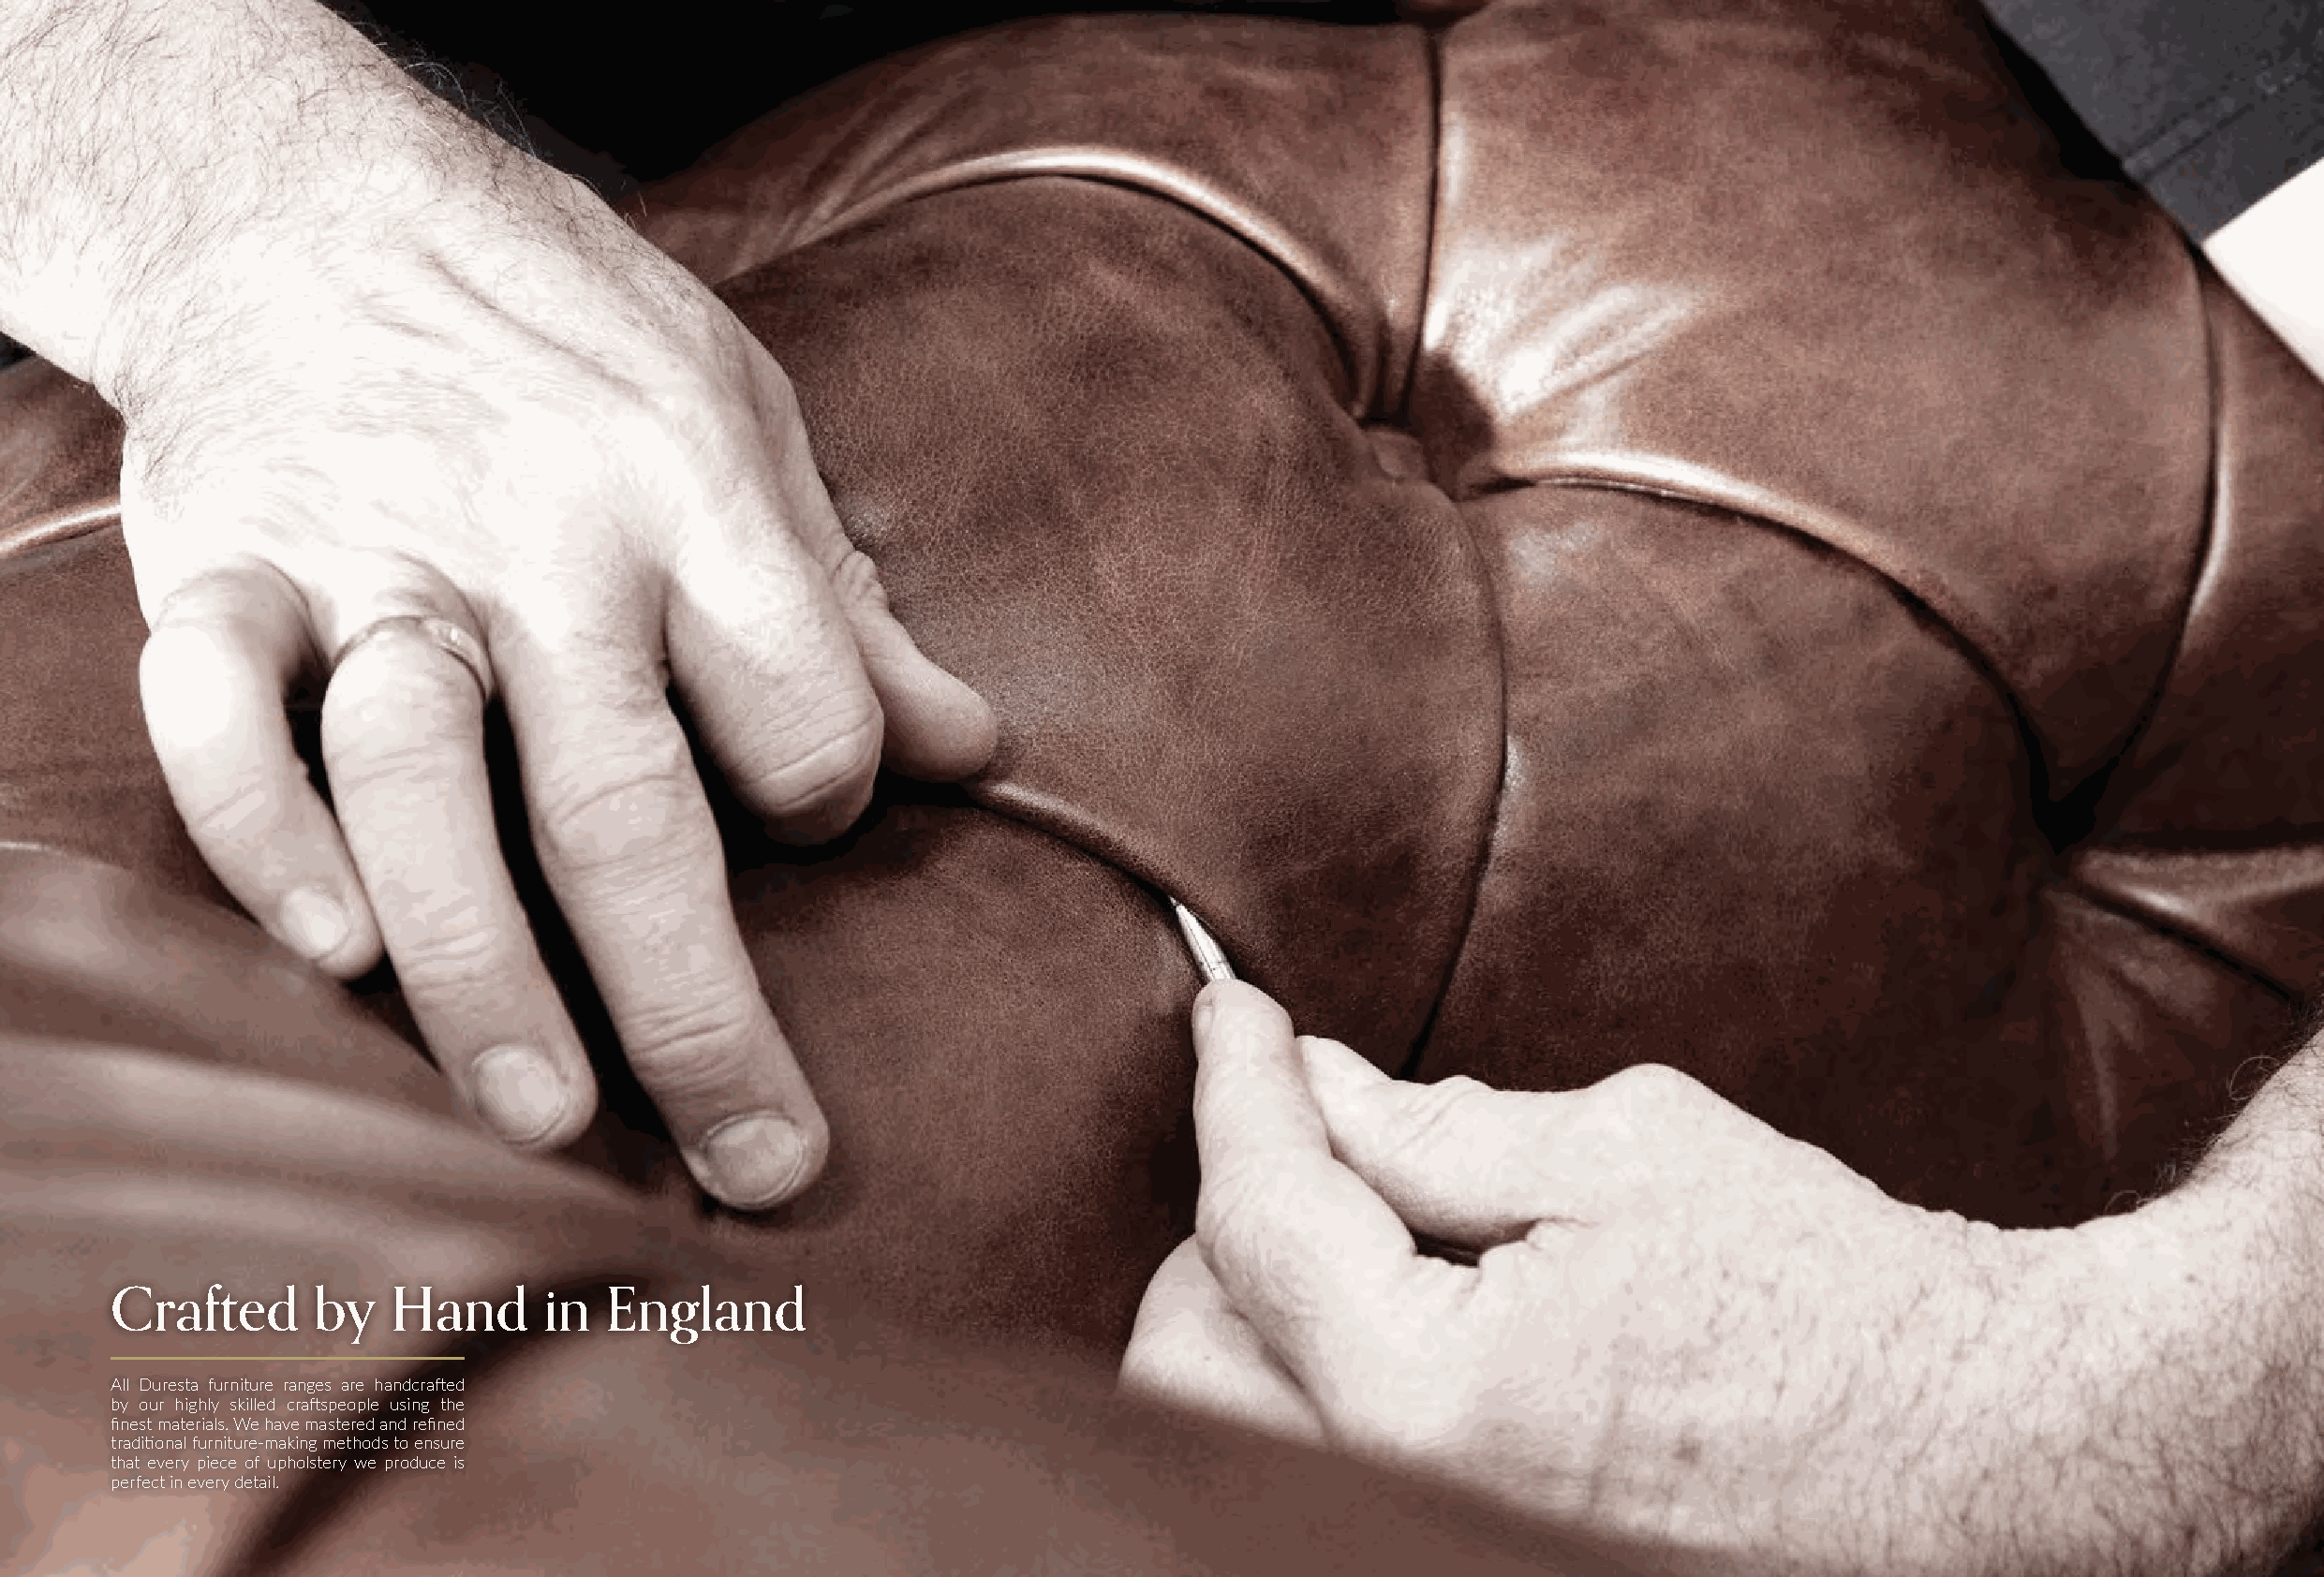
Crafted       by    Hand      in   England
 All Duresta furniture ranges are handcrafted
 by our highly skilled craftspeople using the
 finest materials. We have mastered and refined
 traditional furniture-making methods to ensure
 that every piece of upholstery we produce is
 perfect in every detail.
 WELCOME TO THE WORLD OF DURESTA || 03